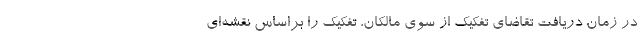
در زمان دریافت تقاضای تفکیک از سوی مالکان، تفکیک را براساس نقشه‌ای